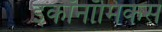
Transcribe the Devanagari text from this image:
इकॉनॉमिकस